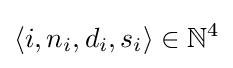
\langle i,n_{i},d_{i},s_{i}\rangle \in {\mathbb {N} }^{4}